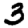
Digit: 3